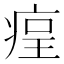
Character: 𤶲